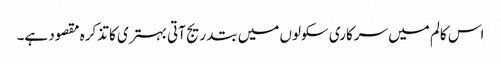
اس کالم میں سرکاری سکولوں میں بتدریج آتی بہتری کا تذکرہ مقصود ہے۔